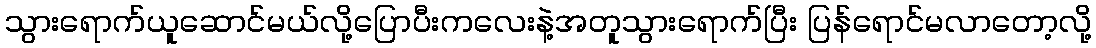
သွားရောက်ယူဆောင်မယ်လို့ပြောပီးကလေးနဲ့အတူသွားရောက်ပြီး ပြန်ရောင်မလာတော့လို့